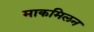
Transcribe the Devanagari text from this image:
माकमिलन